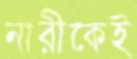
নারীকেই